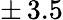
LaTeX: \pm\, 3.5